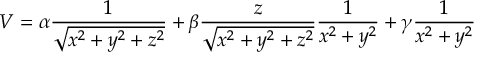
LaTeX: V = \alpha \frac { 1 } { \sqrt { x ^ { 2 } + y ^ { 2 } + z ^ { 2 } } } + \beta \frac { z } { \sqrt { x ^ { 2 } + y ^ { 2 } + z ^ { 2 } } } \frac { 1 } { x ^ { 2 } + y ^ { 2 } } + \gamma \frac { 1 } { x ^ { 2 } + y ^ { 2 } }